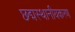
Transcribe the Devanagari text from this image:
छद्मस्थानीयकरण